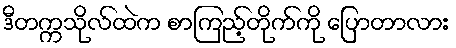
ဒီတက္ကသိုလ်ထဲက စာကြည့်တိုက်ကို ပြောတာလား